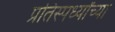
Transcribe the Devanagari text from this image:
प्रतिस्पर्ध्यांच्या